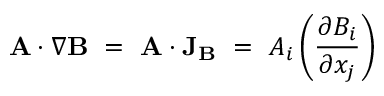
\mathbf { A } \cdot \nabla \mathbf { B } \ = \ \mathbf { A } \cdot \mathbf { J } _ { \mathbf { B } } \ = \ A _ { i } \left( { \frac { \partial B _ { i } } { \partial x _ { j } } } \right)